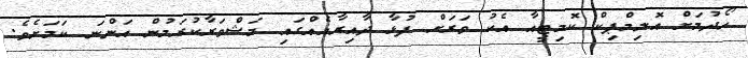
ހޯދުމަށް އޮލިމްޕިކް ކޮމިޓީއާ އެކު ވަރަށް ފުޅާ ދާއިރާއެއްގައި މަޝްވަރާކުރަމުން އަންނަ ކަމަށެވެ.